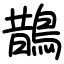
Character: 鵲